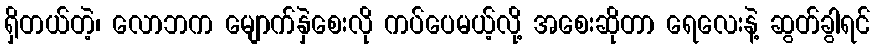
ရှိတယ်တဲ့၊ လောဘက မျောက်နှဲစေးလို ကပ်ပေမယ့်လို့ အစေးဆိုတာ ရေလေးနဲ့ ဆွတ်ခွါရင်